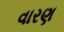
વારણ